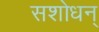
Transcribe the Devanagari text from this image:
सशोधन्